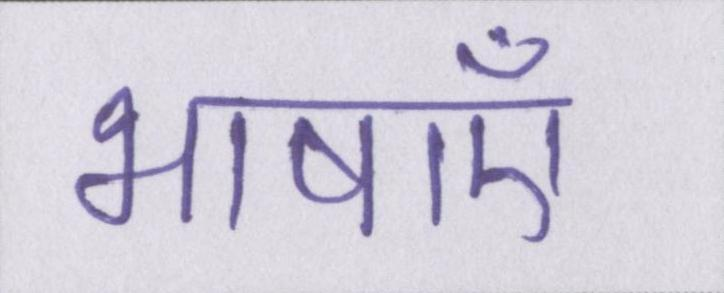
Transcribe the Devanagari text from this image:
भाषाएँ